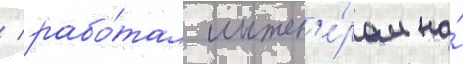
/ рабо́тал инжен'е́ром на́